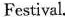
Festival.